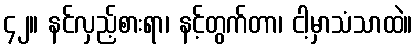
၄၂။ နင်လှည့်စားရာ၊ နင့်တွက်တာ၊ ငါ့မှာသံသာထဲ။